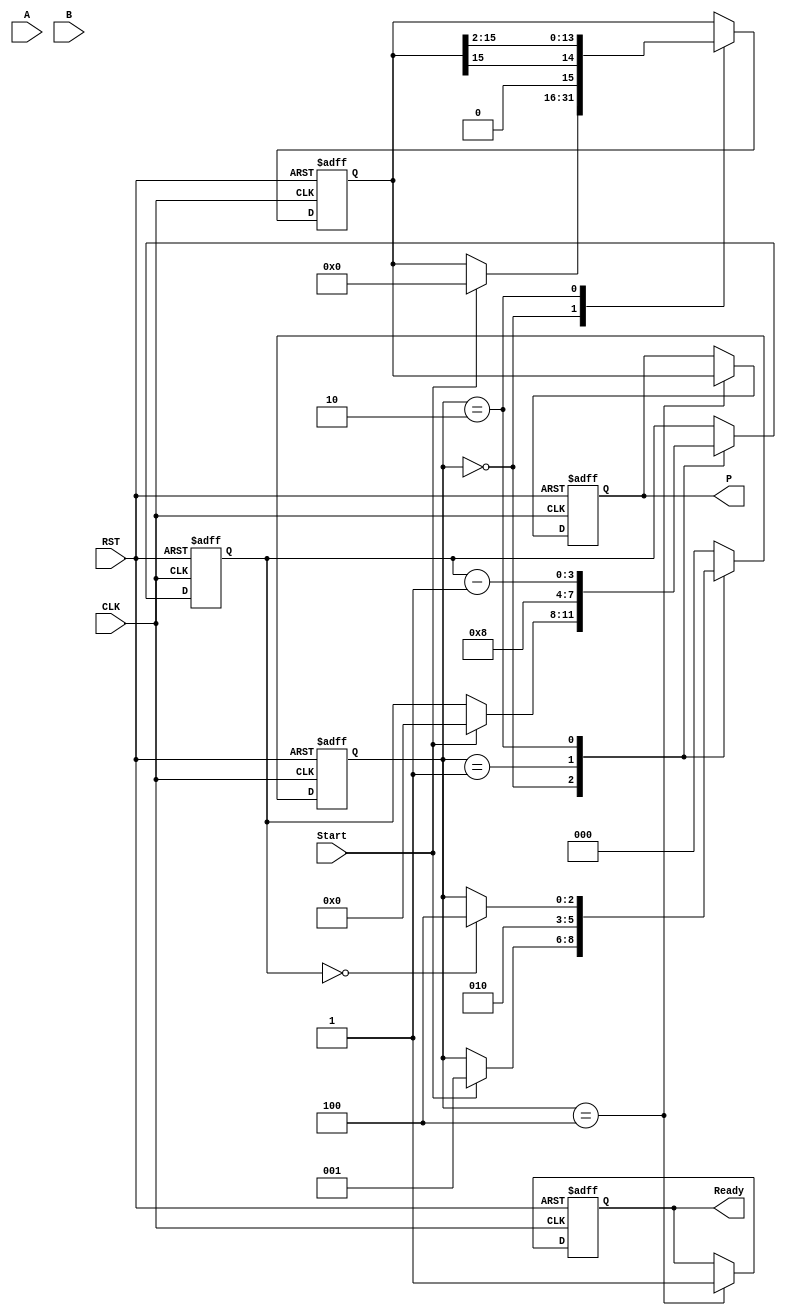
module booth_multiplier (
    input wire [7:0] A,         // Multiplicand
    input wire [7:0] B,         // Multiplier
    input wire Start,           // Control signal to start multiplication
    input wire CLK,             // Clock signal
    input wire RST,             // Reset signal
    output reg [15:0] P,        // Product
    output reg Ready            // Ready signal
);

    // Internal registers
    reg [7:0] A_reg;            // Multiplicand register
    reg [7:0] B_reg;            // Multiplier register
    reg [7:0] Q_reg;            // Current multiplier value
    reg Q_minus_1;              // Previous LSB of Q_reg
    reg [15:0] Product_reg;     // Accumulator for the product
    reg [3:0] count;            // Count for number of bits processed
    reg [2:0] state;            // State variable for FSM

    // State encoding
    localparam IDLE = 3'b000,
               LOAD = 3'b001,
               COMPUTE = 3'b010,
               SHIFT = 3'b011,
               DONE = 3'b100;

    // State machine
    always @(posedge CLK or posedge RST) begin
        if (RST) begin
            // Reset all registers and outputs
            A_reg <= 8'b0;
            B_reg <= 8'b0;
            Q_reg <= 8'b0;
            Q_minus_1 <= 1'b0;
            Product_reg <= 16'b0;
            count <= 4'b0;
            state <= IDLE;
            Ready <= 1'b0;
            P <= 16'b0;
        end else begin
            case (state)
                IDLE: begin
                    if (Start) begin
                        // Load inputs into registers
                        A_reg <= A;
                        B_reg <= B;
                        Q_reg <= 8'b0;
                        Q_minus_1 <= 1'b0;
                        Product_reg <= 16'b0;
                        count <= 4'b0;
                        state <= LOAD;
                    end
                end

                LOAD: begin
                    // Initialize count and move to compute state
                    count <= 4'b1000; // 8 bits for multiplication
                    state <= COMPUTE;
                end

                COMPUTE: begin
                    // Booth's algorithm
                    case ({Q_reg[0], Q_minus_1})
                        2'b01: Product_reg <= Product_reg + {8'b0, A_reg}; // Add A
                        2'b10: Product_reg <= Product_reg - {8'b0, A_reg}; // Subtract A
                        default: ; // No operation
                    endcase

                    // Right shift operation
                    {Product_reg, Q_reg} <= {Product_reg[15], Product_reg[15:1], Q_reg[7:1]}; // Arithmetic shift
                    Q_minus_1 <= Q_reg[0]; // Update Q_minus_1
                    count <= count - 1; // Decrement count

                    if (count == 0) begin
                        state <= DONE; // Move to done state when all bits processed
                    end
                end

                DONE: begin
                    P <= Product_reg; // Output the product
                    Ready <= 1'b1; // Indicate completion
                    state <= IDLE; // Go back to idle state
                end

                default: state <= IDLE; // Default to idle on unknown state
            endcase
        end
    end
endmodule